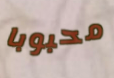
محبوبا